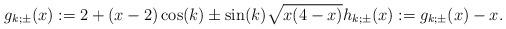
LaTeX: \begin{align*}g_{k;\pm}(x) := 2+(x-2)\cos(k) \pm \sin(k)\sqrt{x(4-x)} h_{k;\pm}(x) := g_{k;\pm}(x)-x.\end{align*}